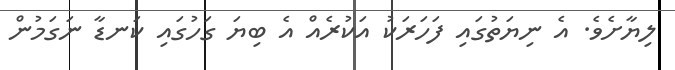
ލިޔާށެވެ. އެ ނިޔަތުގައި ފަހަރަކު އަކުރެއް އެ ބިޔަ ގަހުގައި ކަނޑާ ނަގަމުން